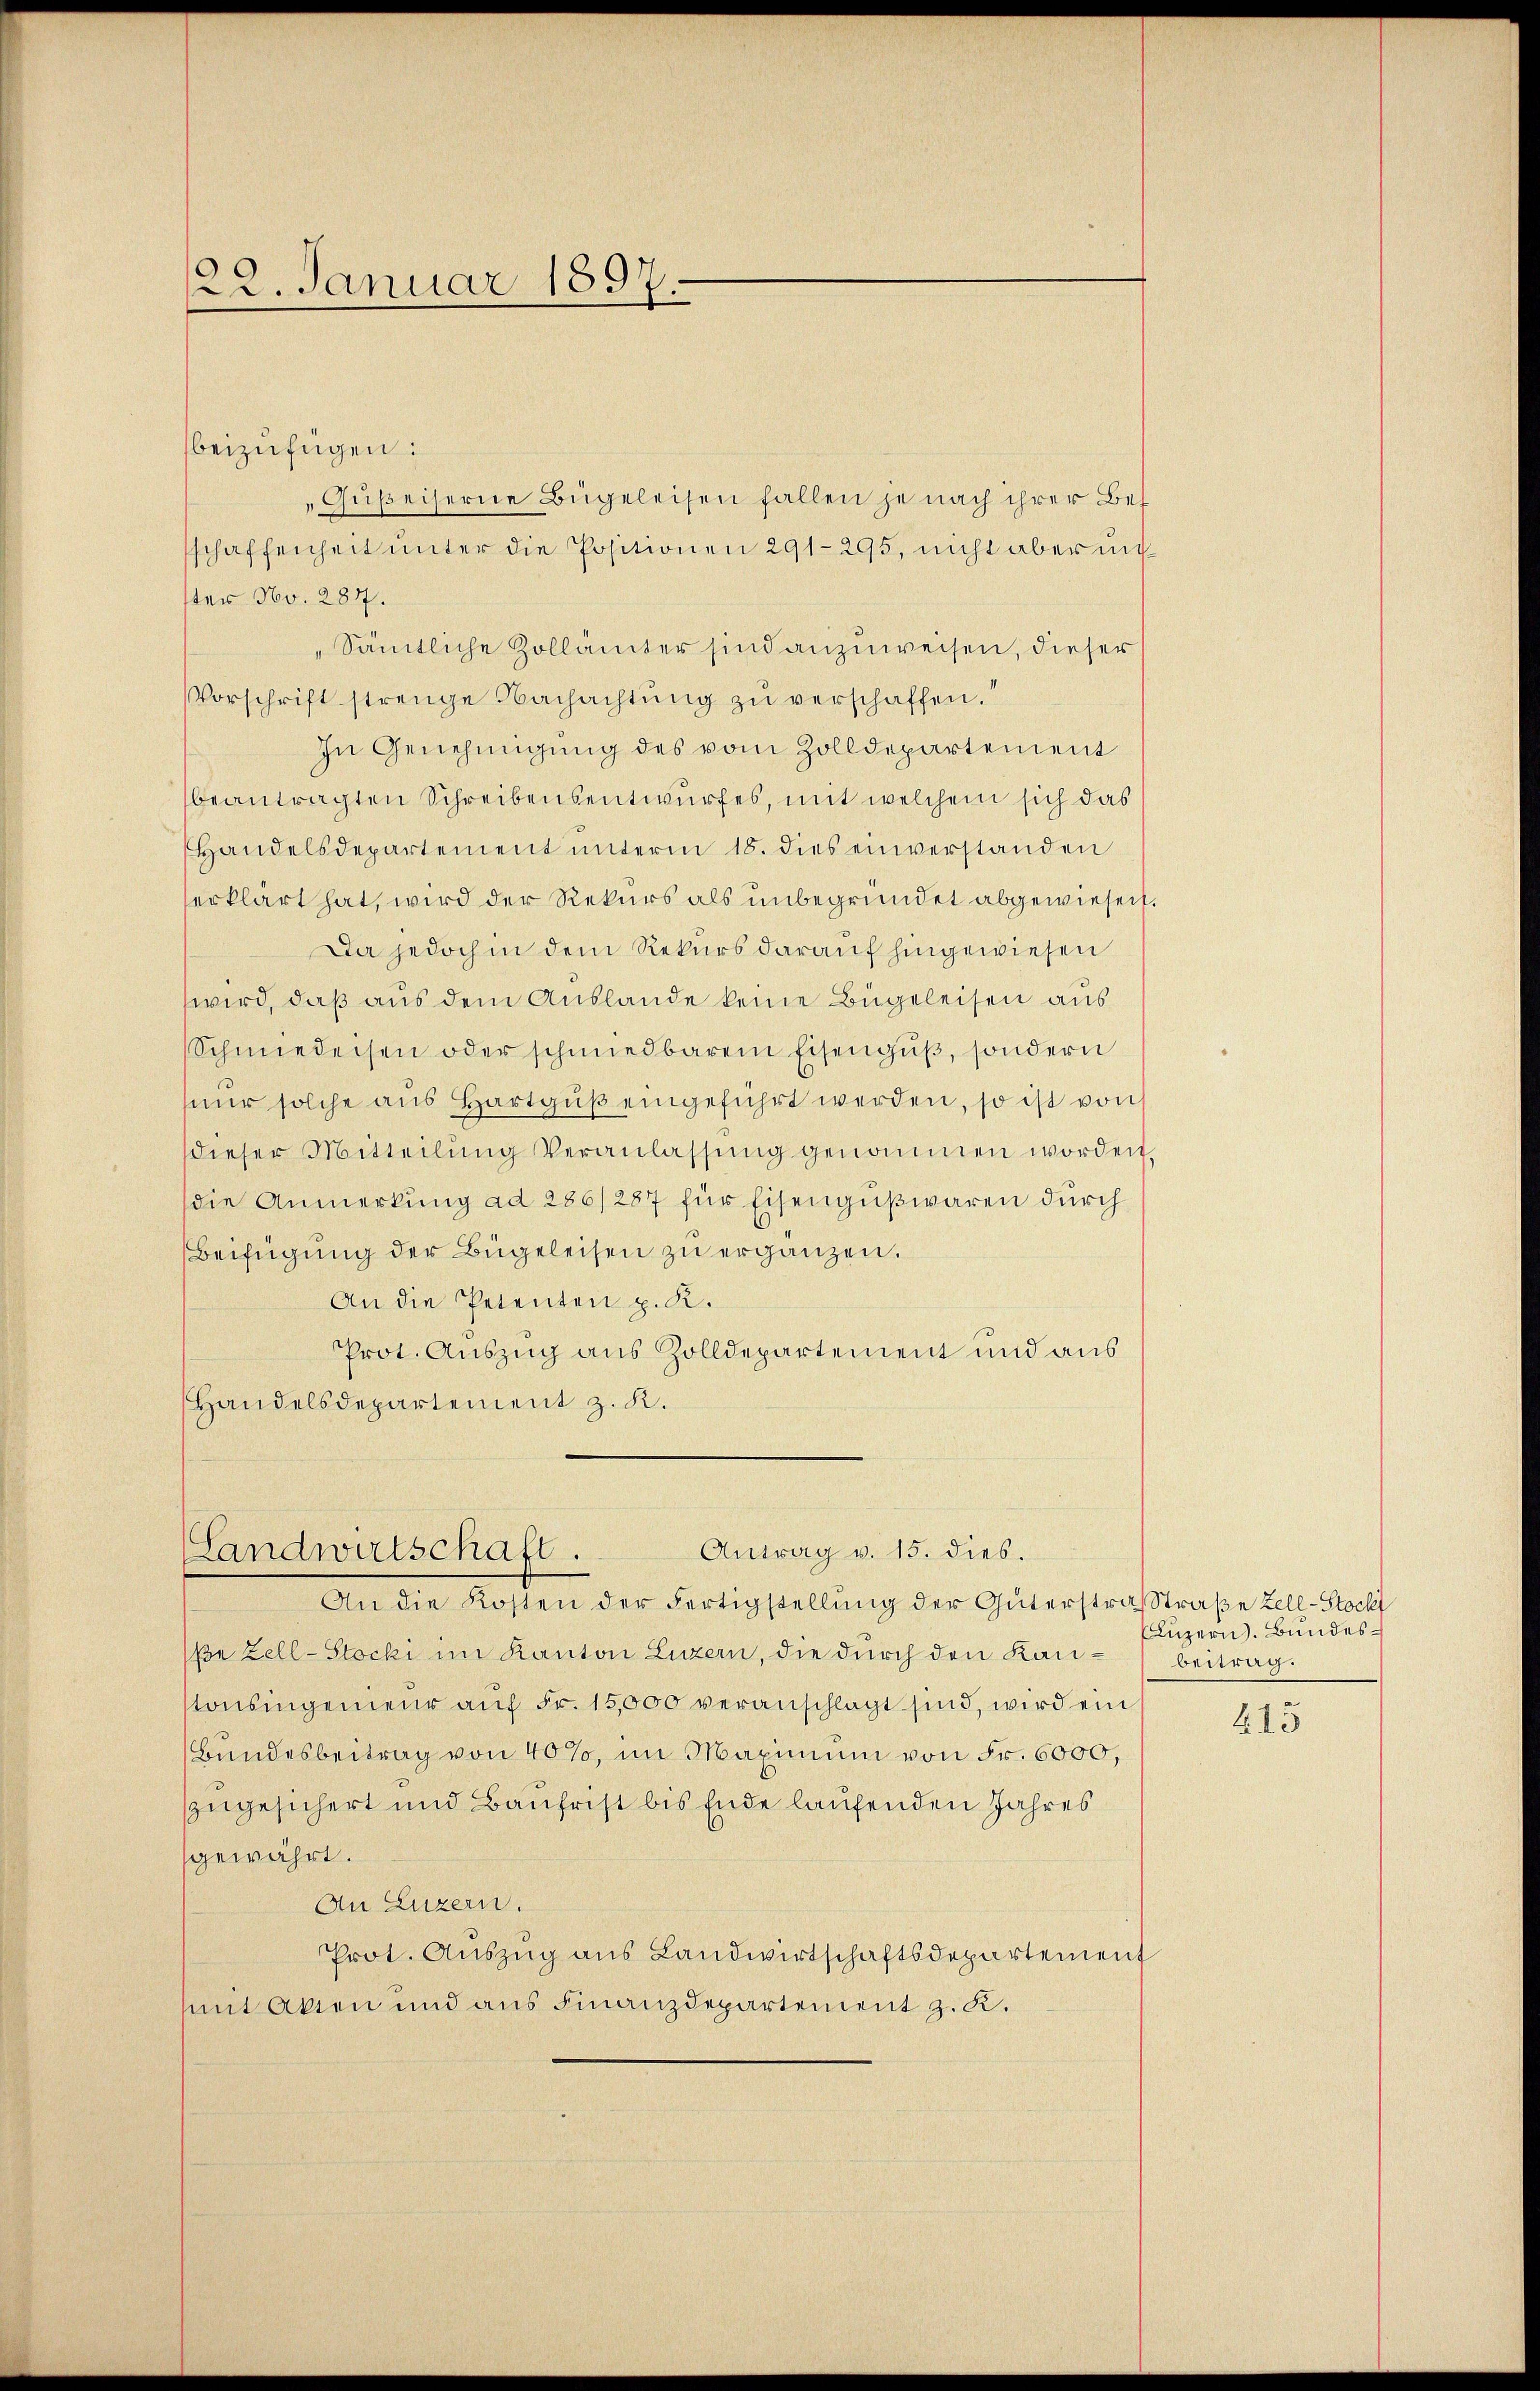
22. Januar 1897.

beizufügen:
Güßeiserne Bügeleisen fallen je nach ihrer Bes
schaffenheit unter die Positionen 291-295, nicht aber uns
ster No. 287.
„Sämtliche Zollämter sind anzuweisen, dieser
Vorschrift strenge Nachachtŭng zu verschaffen.“
In Genehmigung des vom Zolldepartement
beantragten Schreibensentwurfes, mit welchem sich das
Handelsdepartement unterm 18. dies einverstanden
erklärt hat, wird der Rekurs als unbegründet abgewiesen.
Da jedoch in dem Rekurs darauf hingewiesen
wird, daß aus dem Auslande keine Bugeleisen aus
Schmiedersen oder schmiedbarem Eisengŭβ, sondern
nŭr solche aus Hartgŭβ eingeführt werden, so ist von
dieser Mitteilŭng Veranlassŭng genommen worden.
die Anmerkung ad 286/287 für Eisengußwaren durch
Beifügung der Bügeleisen zu ergänzen.
An die Petenten p. K.
Prot. Auszug aus Zolldepartement und aus
Handelsdepartement z. K.

Antrag v. 15. dies.
Landwirtschaft.

An die Kosten der Fertigstellung der Güterstrafstraße Zell-Stockt
ße Zell-Stocki im Kanton Luzern, die durch den Kantonsingenieur auf Fr. 15,000 veranschlagt sind, wird ein
Bundesbeitrag von 40%, im Maximum von Fr. 6000,
zzugesichert und Bauhrist bis Ende laufenden Jahres
gewährt.
An Luzern.
Prot. Auszug aus Landwirtschaftsdepartement
mit Akten und aus Finanzdepartement z. K.

Luzern. Bundesbeitrag.

415